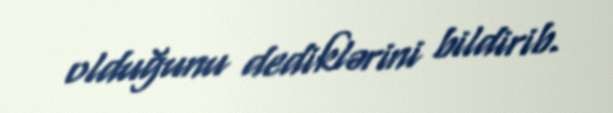
olduğunu dediklərini bildirib.